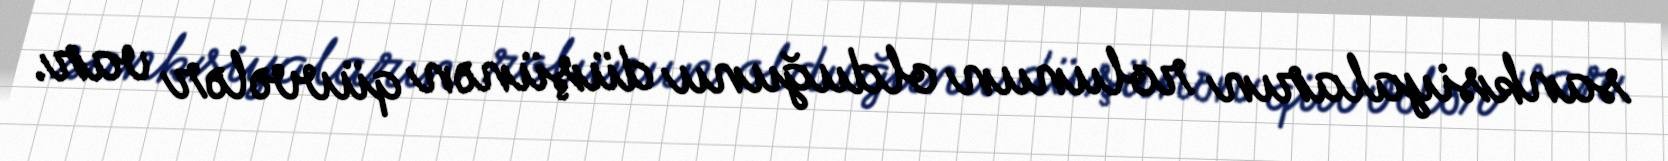
sanksiyaların rolunun olduğunu düşünən qüvvələr var.